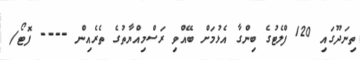
ތިނަދޫގައި 120 ފްލެޓުގެ ބިންގާ އެޅުމަށް ބޭއްވި ރަސްމިއްޔާތުގެ ތެރެއިން ---- ފޮޓޯ/